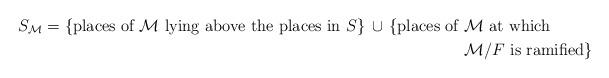
LaTeX: \begin{align*}S_{\mathcal{M}}=\{\hbox{places of } \mathcal{M} \hbox{ lying above the places in } S\}\, \cup \, \{\hbox{places of }& \mathcal{M} \hbox{ at which } \\&\mathcal{M}/F \hbox{ is ramified}\}\end{align*}